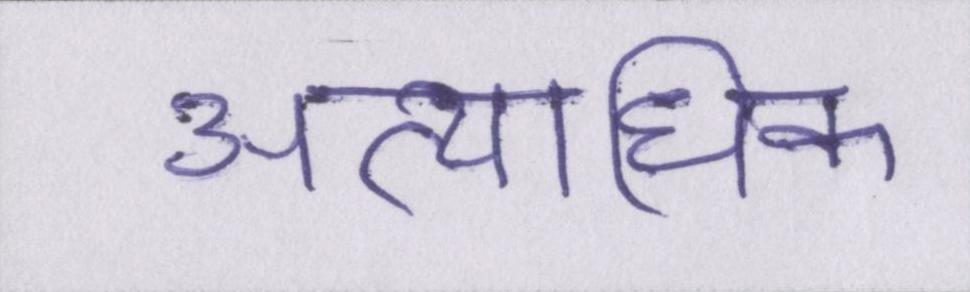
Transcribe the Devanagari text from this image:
अत्यधिक